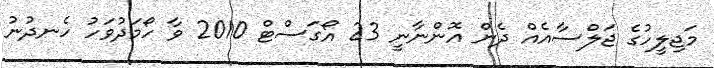
މަޖިލީހުގެ ޖަލްސާއެއް ދެން އޮންނާނީ 23 އޯގަސްޓް 2010 ވާ ހޯމަދުވަހު ހެނދުނު